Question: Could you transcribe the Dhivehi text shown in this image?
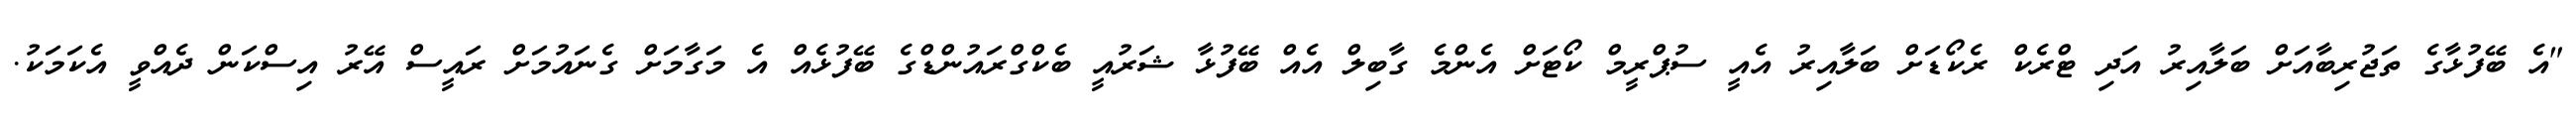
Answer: "އެ ބޭފުޅާގެ ތަޖުރިބާއަށް ބަލާއިރު އަދި ޓްރެކް ރެކޯޑަށް ބަލާއިރު އެއީ ސުޕްރީމް ކޯޓަށް އެންމެ ގާބިލް އެއް ބޭފުޅާ ޝަރުއީ ބެކްގްރައުންޑްގެ ބޭފުޅެއް އެ މަގާމަށް ގެނައުމަށް ރައީސް އޭރު އިސްކަން ދެއްވީ އެކަމަކު.